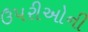
ઉપરીઓની